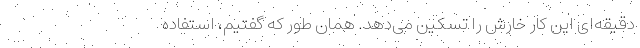
دقیقه‌ای این کار خارش را تسکین می‌دهد. همان‌ طور که گفتیم، استفاده